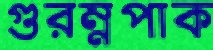
গুরম্নপাক